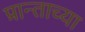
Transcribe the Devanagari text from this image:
प्रान्ताच्या